Civil Veterinary Department. Central Provinces & Berar 1932-41 - 1932-1941
Year: 1932
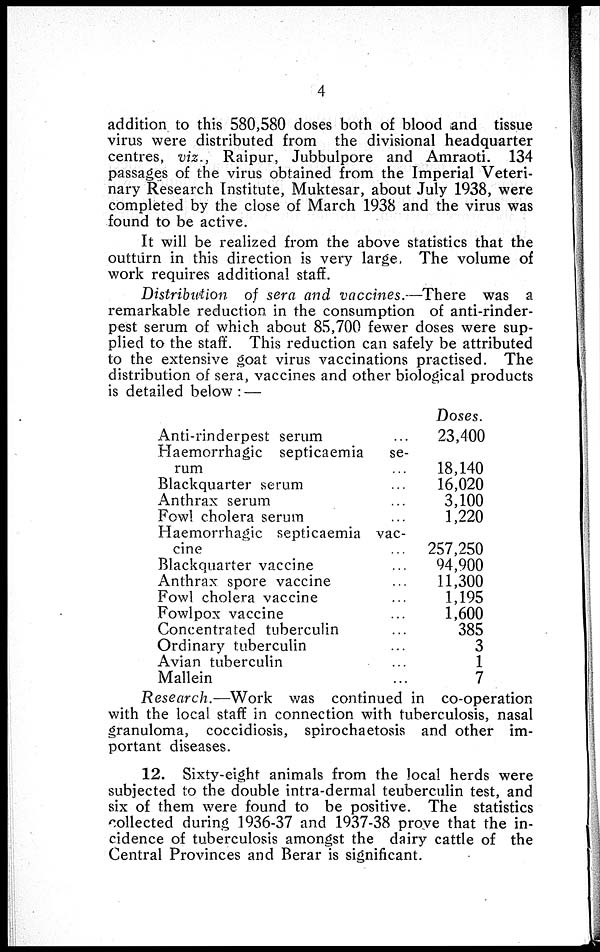
4
addition to this 580,580 doses both of blood and tissue
virus were distributed from the divisional headquarter
centres, viz., Raipur, Jubbulpore and Amraoti. 134
passages of the virus obtained from the Imperial Veteri-
nary Research Institute, Muktesar, about July 1938, were
completed by the close of March 1938 and the virus was
found to be active.
It will be realized from the above statistics that the
outturn in this direction is very large, The volume of
work requires additional staff.
Distribution of sera and vaccines.—There
was a
remarkable reduction in the consumption of anti-rinder-
pest serum of which about 85,700 fewer doses were sup-
plied to the staff. This reduction can safely be attributed
to the extensive goat virus vaccinations practised. The
distribution of sera, vaccines and other biological products
is detailed below: —
Anti-rinderpest serum ...
Haemorrhagic septicaemia
se-
rum
...
Blackquarter serum ...
Anthrax serum ...
Fowl cholera serum ...
Haemorrhagic septicaemia vac-
cine
...
Blackquarter vaccine ...
Anthrax spore vaccine ...
Fowl cholera vaccine ...
Fowlpox vaccine ...
Concentrated tuberculin ...
Ordinary tuberculin ...
Avian tuberculin ...
Mallein ...
Doses.
23,400
18,140
16,020
3,100
1,220
257,250
94,900
11,300
1,195
1,600
385
3
1
7
Research.—Work
was continued in co-operation
with the local staff in connection with tuberculosis, nasal
granuloma, coccidiosis, spirochaetosis and other im-
portant diseases.
12. Sixty-eight animals from the local herds were
subjected to the double intra-dermal teuberculin test, and
six of them were found to be positive. The statistics
collected during 1936-37 and 1937-38 prove that the in-
cidence of tuberculosis amongst the dairy cattle of the
Central Provinces and Berar is significant.